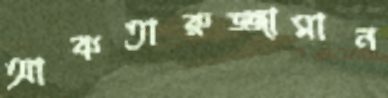
আকতারুজ্জামান